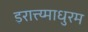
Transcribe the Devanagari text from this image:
इरात्त्य्माधुरम